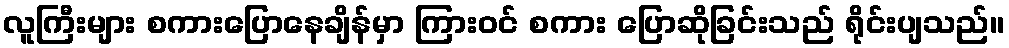
လူကြီးများ စကားပြောနေချိန်မှာ ကြားဝင် စကား ပြောဆိုခြင်းသည် ရိုင်းပျသည်။